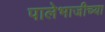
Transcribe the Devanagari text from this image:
पालेभाजीच्या